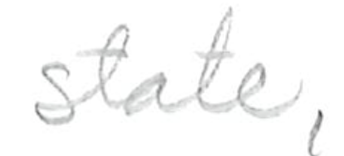
Text: state,
Cross-out: clean
Writing tool: pencil